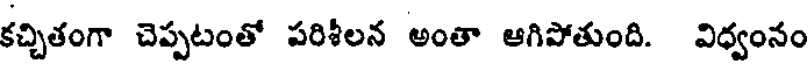
కచ్చితంగా చెప్పటంతో పరిశీలన అంతా ఆగిపోతుంది. విధ్వంనం